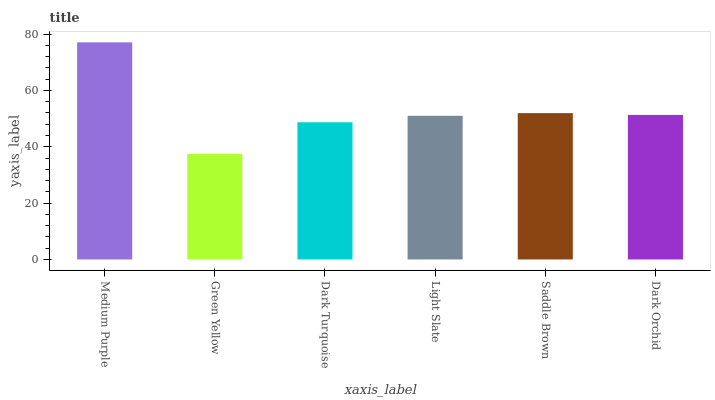
| xaxis_label | bars |
 | --- | --- |
 | Medium Purple | 77.1 |
 | Green Yellow | 37.5 |
 | Dark Turquoise | 48.7 |
 | Light Slate | 51 |
 | Saddle Brown | 52 |
 | Dark Orchid | 51.3 |